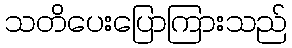
သတိပေးပြောကြားသည်